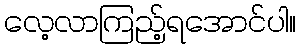
လေ့လာကြည့်ရအောင်ပါ။